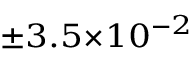
^ { \pm 3 . 5 \times 1 0 ^ { - 2 } }